Vaccination in Bombay 1924-1928 - 1924-1928
Year: 1924
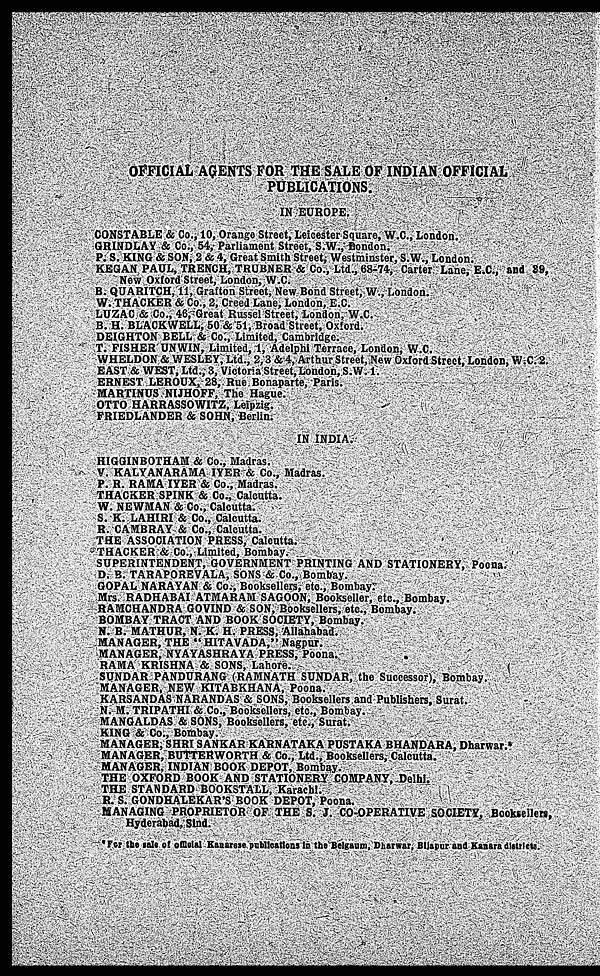
OFFICIAL AGENTS FOR THE SALE OF INDIAN OFFICIAL
PUBLICATIONS.
IN EUROPE.
CONSTABLE & Co., 10, Orange Street, Leicester Square, W.C., London.
GRINDLAY & Co., 54, Parliament Street, S.W., London.
P. S. KING & SON, 2 & 4, Great Smith Street, Westminster, S.W., London.
KEGAN PAUL, TRENCH, TRUBNER & Co., Ltd., 68-74, Carter Lane, E.C., and 39,
New Oxford Street, London, W.C.
B. QUARITCH, 11, Grafton Street, New Bond Street, W., London.
W. THACKER & Co., 2, Creed Lane, London, E.C.
LUZAC & Co., 46, Great Russel Street, London, W.C.
B. H. BLACKWELL, 50 & 51, Broad Street, Oxford.
DEIGHTON BELL & Co., Limited, Cambridge.
T. FISHER UNWIN, Limited, 1, Adelphi Terrace, London, W.C.
WHELDON & WESLEY, Ltd., 2, 3 & 4, Arthur Street, New Oxford Street, London, W.C. 2.
EAST & WEST, Ltd., 3, Victoria Street, London, S.W. 1.
ERNEST LEROUX, 28, Rue Bonaparte, Paris.
MARTINUS NIJHOFF, The Hague.
OTTO HARRASSOWITZ, Leipzig.
FRIEDLANDER & SOHN, Berlin.
IN INDIA.
HIGGINBOTHAM & Co., Madras.
V. KALYANARAMA IYER & Co., Madras.
P. R. RAMA IYER & Co., Madras.
THACKER SPINK & Co., Calcutta.
W. NEWMAN & Co., Calcutta.
S. K. LAHIRI & Co., Calcutta.
R. CAMBRAY & Co., Calcutta.
THE ASSOCIATION PRESS, Calcutta.
THACKER & Co., Limited, Bombay.
SUPERINTENDENT, GOVERNMENT PRINTING AND STATIONERY, Poona.
D. B. TARAPOREVALA, SONS & Co., Bombay.
GOPAL NARAYAN & Co., Booksellers, etc., Bombay.
Mrs. RADHABAI ATMARAM SAGOON, Bookseller, etc., Bombay
RAMCHANDRA GOVIND & SON, Booksellers, etc., Bombay.
BOMBAY TRACT AND BOOK SOCIETY, Bombay.
N. B. MATHUR, N. K. H. PRESS, Allahabad.
MANAGER, THE " HITAVADA," Nagpur.
MANAGER, NYAYASHRAYA PRESS, Poona.
RAMA KRISHNA & SONS, Lahore.
SUNDAR PANDURANG (RAMNATH SUNDAR, the Successor), Bombay.
MANAGER, NEW KITABKHANA, Poona.
KARSANDAS NARANDAS & SONS, Booksellers and Publishers, Surat.
N. M. TRIPATHI & Co., Booksellers, etc., Bombay.
MANGALDAS & SONS, Booksellers, etc., Surat.
KING & Co., Bombay.
MANAGER, SHRI SANKAR KARNATAKA PUSTAKA BHANDARA, Dharwar.*
MANAGER, BUTTERWORTH & Co., Ltd., Booksellers, Calcutta.
MANAGER, INDIAN BOOK DEPOT, Bombay.
THE OXFORD BOOK AND STATIONERY COMPANY, Delhi.
THE STANDARD BOOKSTALL, Karachi.
R. S. GONDHALEKAR'S BOOK DEPOT, Poona.
MANAGING PROPRIETOR OF THE S. J. CO-OPERATIVE SOCIETY, Booksellers,
Hyderabad, Sind.
*For the sale of official Kanarese publication in the Belgaum, Dharwar, Bijapur and Kanara districts.